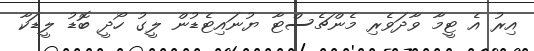
އިރު އެ ޓީމާ ވާދަވެރި މެންޗެސްޓާ ޔުނައިޓެޑުން ލީގު ހޯދީ ބޮޑު ލީޑަކާ